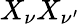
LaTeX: X_{\nu}X_{\nu^{\prime}}